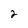
Character: 2